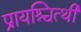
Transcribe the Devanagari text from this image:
प्रायश्चित्थी